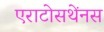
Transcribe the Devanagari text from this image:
एराटोसथेंनस